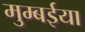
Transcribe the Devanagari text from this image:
मुम्बईया